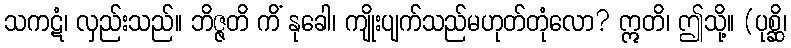
သကဋံ၊ လှည်းသည်။ ဘိဇ္ဇတိ ကိံ နုခေါ၊ ကျိုးပျက်သည်မဟုတ်တုံလော? ဣတိ၊ ဤသို့။ (ပုစ္ဆိ၊